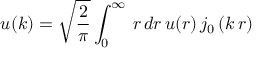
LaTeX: u ( k ) = \sqrt { \frac { 2 } { \pi } } \int _ { 0 } ^ { \infty } \, r \, d r \, u ( r ) \, j _ { 0 } \left( k \, r \right)